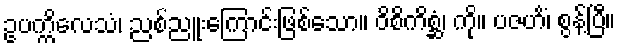
ဥပက္ကိလေသံ၊ ညစ်ညူးကြောင်းဖြစ်သော။ ဝိစိကိစ္ဆံ၊ ကို။ ပဇဟိံ၊ စွန့်ပြီ။